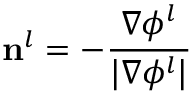
\mathbf { n } ^ { l } = - \frac { \nabla \phi ^ { l } } { | \nabla \phi ^ { l } | }